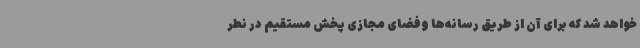
خواهد شد که برای آن از طریق رسانه‌ها وفضای مجازی پخش مستقیم در نطر